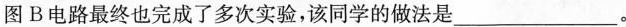
图B电路最终也完成了多次实验，该同学的做法是___。